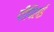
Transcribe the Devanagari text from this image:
पीपिलई